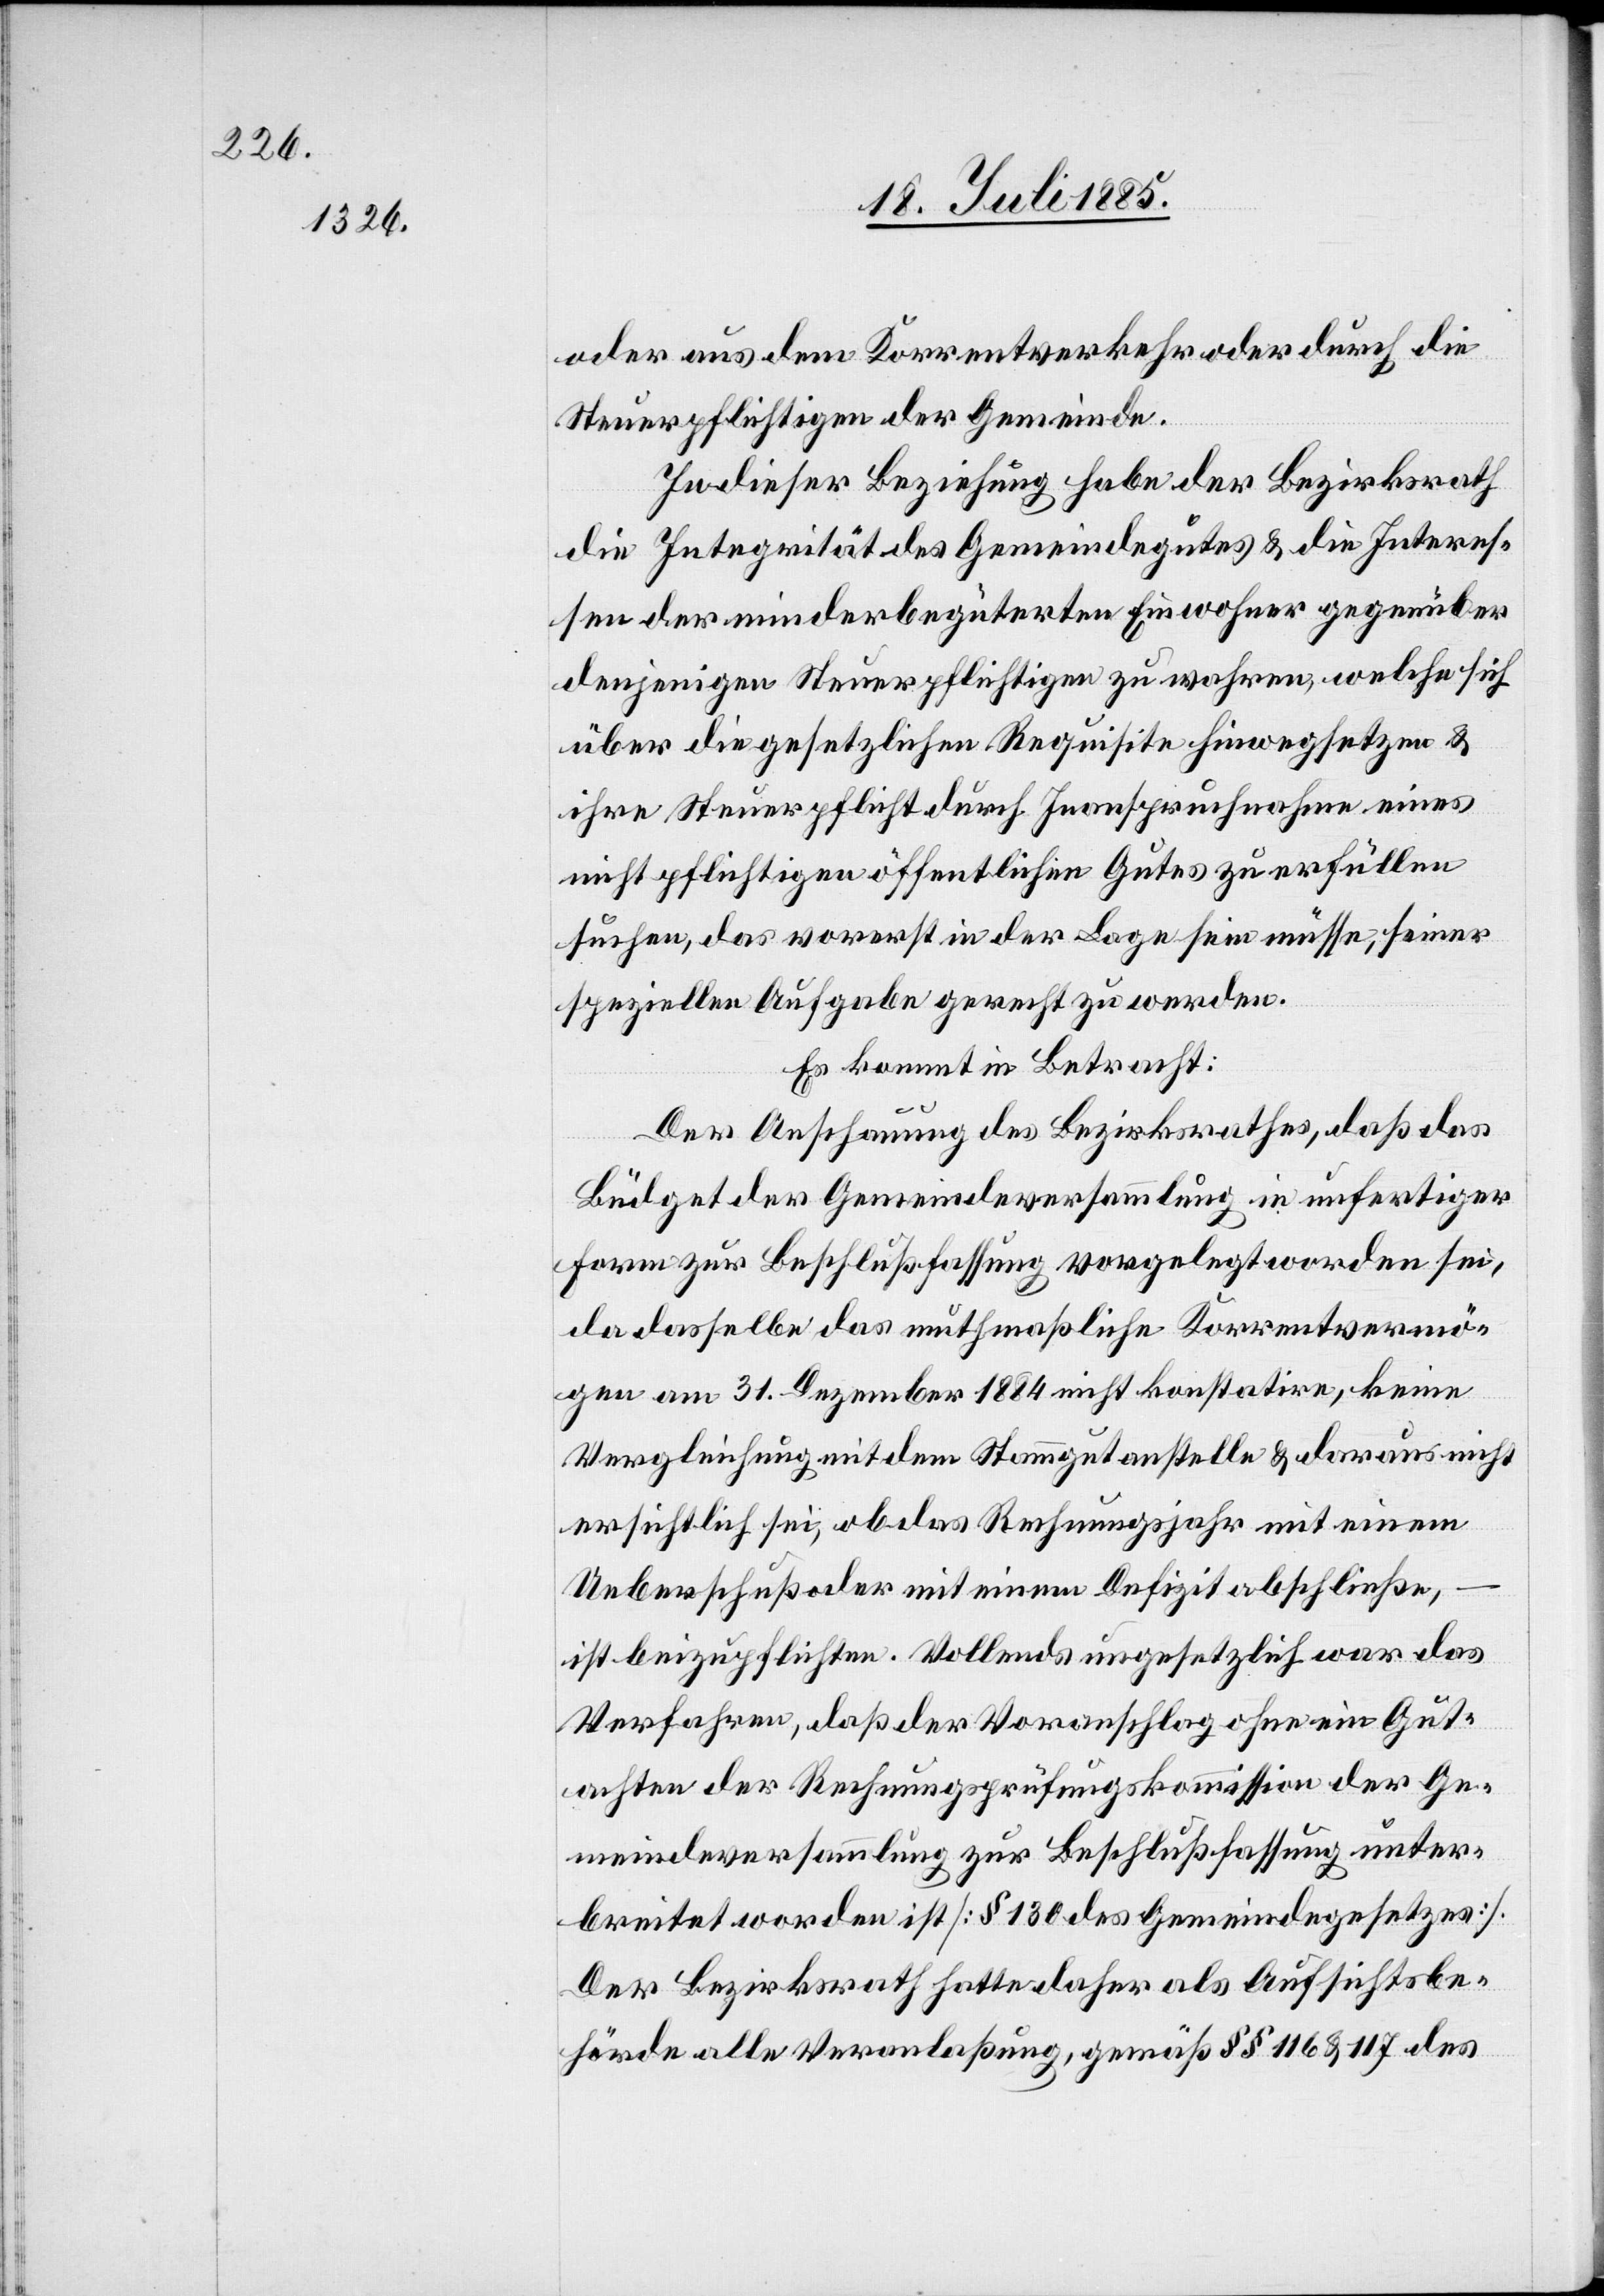
oder aus dem Korrentverkehr oder durch die
Steuerpflichtigen der Gemeinde.
In dieser Beziehung habe der Bezirksrath
die Integrität des Gemeindegutes & die Interes¬
sen der minderbegüterten Einwohner gegenüber
denjenigen Steuerpflichtigen zu wahren, welche sich
über die gesetzlichen Requisite hinwegsetzen &
ihre Steuerpflicht durch Inanspruchnahme eines
nicht pflichtigen öffentlichen Gutes zu erfüllen
suchen, das vorerst in der Lage sein müsse, seiner
speziellen Aufgabe gerecht zu werden.
Es kommt in Betracht:
Der Anschauung des Bezirksrathes, daß das
Büdget der Gemeindeversammlung in unfertiger
Form zur Beschlußfassung vorgelegt worden sei,
da dasselbe das muthmaßliche Korrentvermö¬
gen am 31. Dezember 1884 nicht konstatire, keine
Vergleichung mit dem Stammgut anstelle & daraus nicht
ersichtlich sei, ob das Rechnungsjahr mit einem
Ueberschuß oder mit einem Defizit abschließe,
ist beizupflichten. Vollends ungesetzlich war das
Verfahren, daß der Voranschlag ohne ein Gut¬
achten der Rechnungsprüfungskommission der Ge¬
meindeversammlung zur Beschlußfassung unter¬
breitet worden ist [§ 130 des Gemeindegesetzes].
Der Bezirksrath hatte daher als Aufsichtsbe¬
hörde alle Veranlaßung, gemäß §§ 116 & 117 des